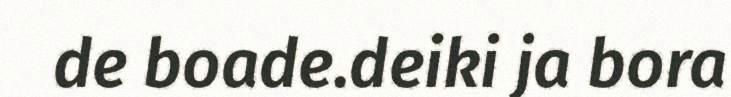
de boade.deiki ja bora